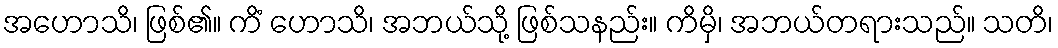
အဟောသိ၊ ဖြစ်၏။ ကိံ ဟောသိ၊ အဘယ်သို့ ဖြစ်သနည်း။ ကိမှိ၊ အဘယ်တရားသည်။ သတိ၊